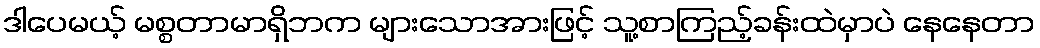
ဒါပေမယ့် မစ္စတာမာရှိဘက များသောအားဖြင့် သူ့စာကြည့်ခန်းထဲမှာပဲ နေနေတာ